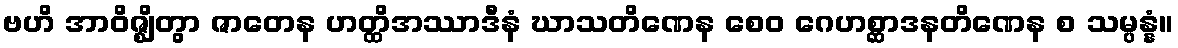
ဗဟိ အာဝိဇ္ဈိတွာ ဇာတေန ဟတ္ထိအဿာဒီနံ ဃာသတိဏေန စေဝ ဂေဟစ္ဆာဒနတိဏေန စ သမ္ပန္နံ။